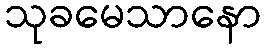
သုခမေသာနော